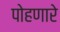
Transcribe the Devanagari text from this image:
पोहणारे